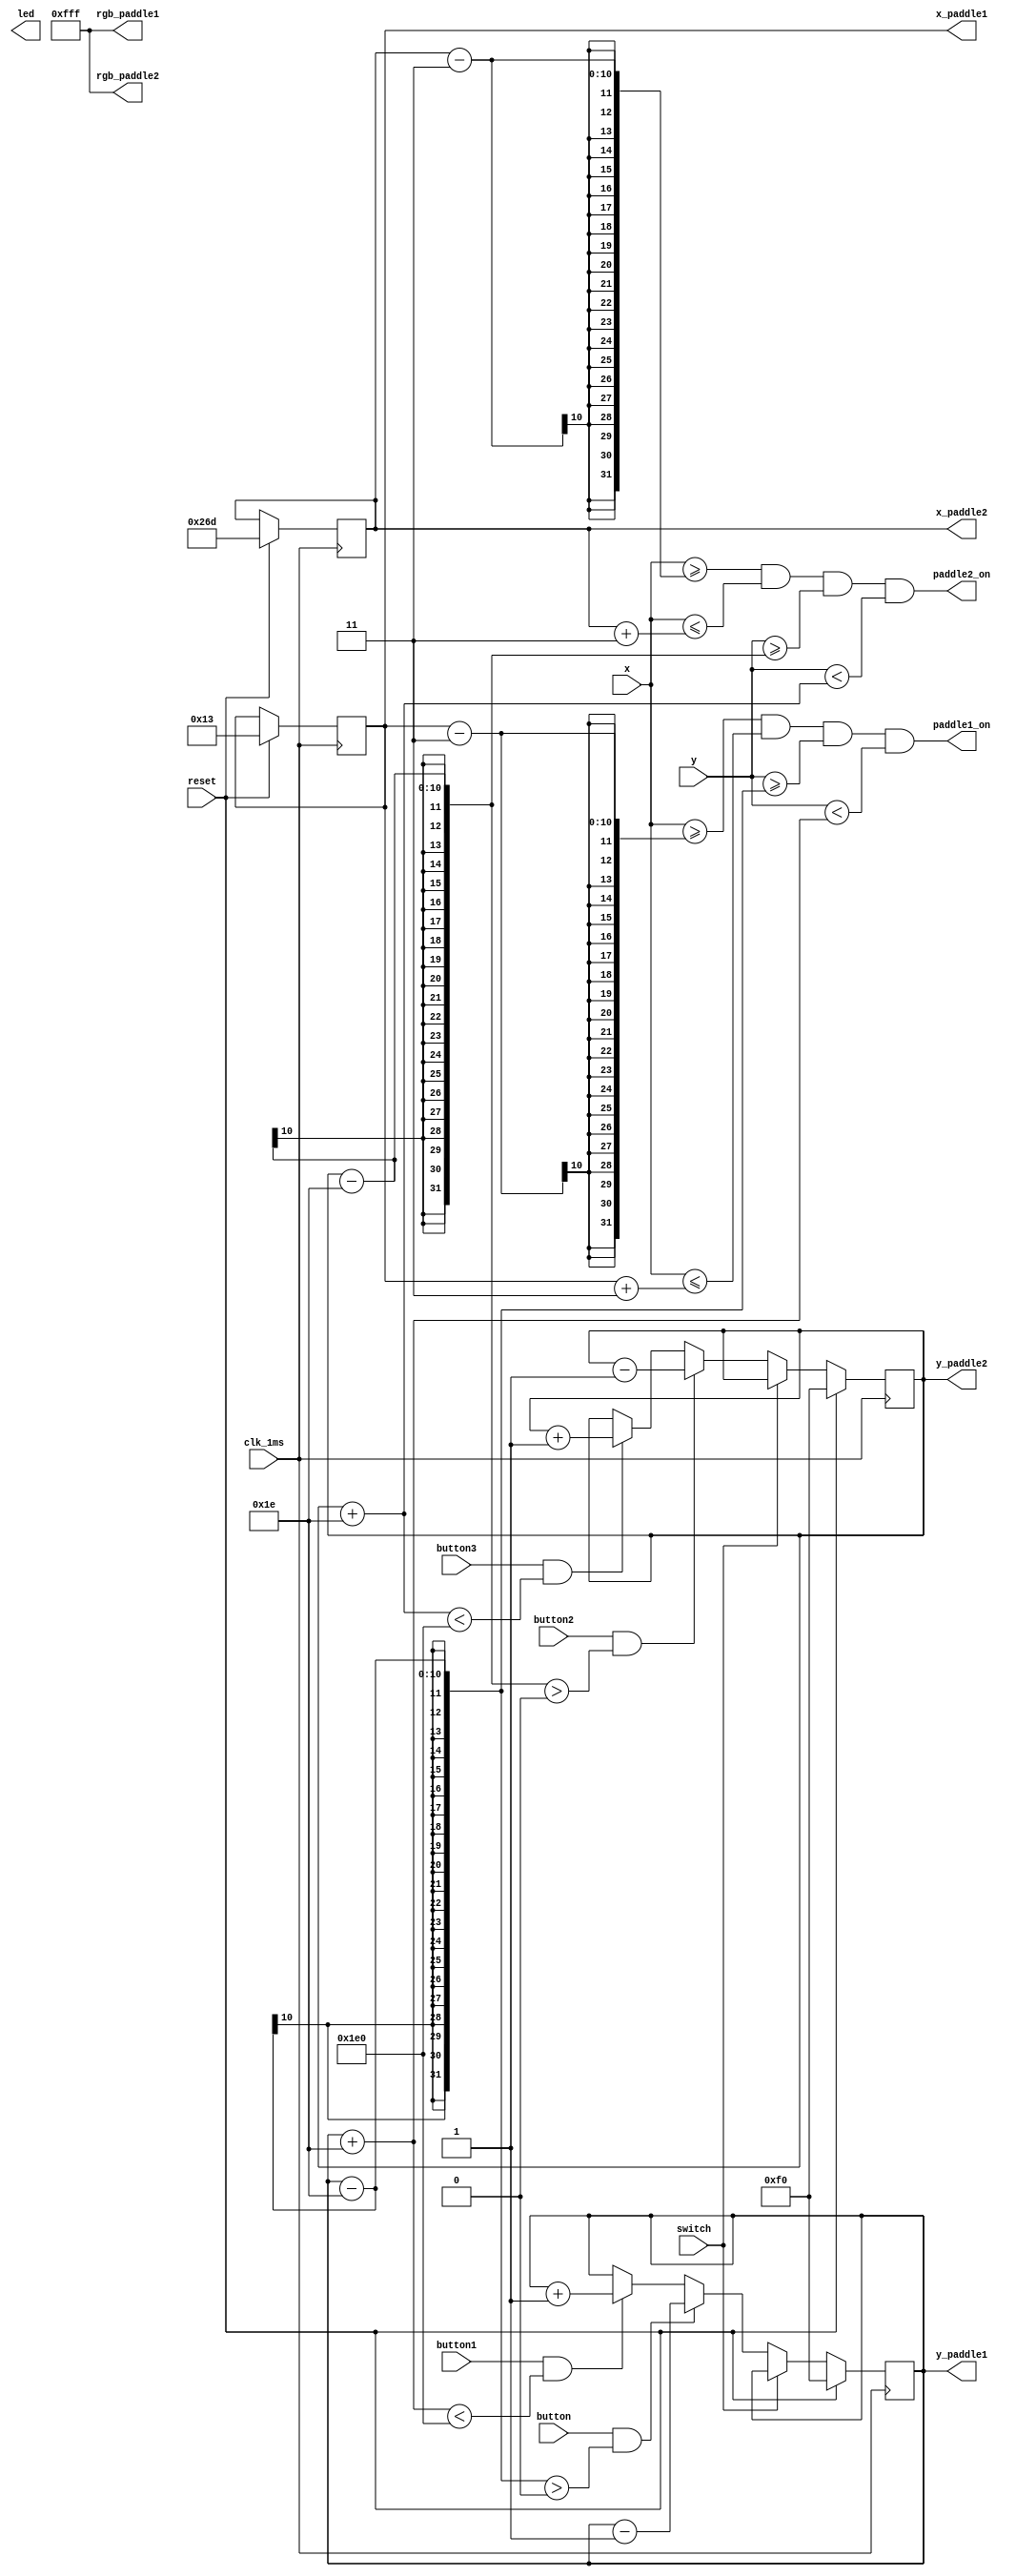
`timescale 1ns / 1ps

module paddle(
	input clk_1ms,reset,
	input button, button1, button2, button3,
	input switch,
	input [9:0] x, y,
	output paddle1_on,paddle2_on,
	output [11:0] rgb_paddle1, rgb_paddle2,
	output reg [9:0] x_paddle1,
	output reg [9:0] y_paddle1,
	output reg [9:0] x_paddle2,
	output reg [9:0] y_paddle2,
	output reg [10:0] led
	);
	
	localparam H_active = 640;
	localparam V_active = 480;
	
	localparam paddlewidth = 6;
	localparam paddleheight = 60;
	
	localparam L_position = 16;
	localparam R_position = 16;


    wire [9:0] paddle1_rest;
    wire [9:0] paddle1_down;
    wire [9:0] paddle1_up;
    wire [9:0] paddle2_rest;
    wire [9:0] paddle2_down;
    wire [9:0] paddle2_up;
   
    
    always @ (posedge clk_1ms)
        begin
            if(reset)
            begin	
                x_paddle1 <= L_position + (paddlewidth/2);
                y_paddle1 <= V_active/2;
               
            end
            else if (switch)
                y_paddle1 <= y_paddle1;
            else if (button && y_paddle1-(paddleheight/2) > 0)
                y_paddle1 <= y_paddle1-1 ;
            else if (button1 && y_paddle1+(paddleheight/2) < V_active)
                y_paddle1 <= y_paddle1+1;
            else y_paddle1 <= y_paddle1;
            
        end
	
	always @ (posedge clk_1ms)
	begin
		if(reset)
		begin	
			x_paddle2 <= H_active-(R_position + (paddlewidth/2));
			y_paddle2 <= V_active/2;
		end
		else if (switch)
                y_paddle2 <= y_paddle2;
		else if (button2 && y_paddle2-(paddleheight/2) > 0)
			y_paddle2 <= y_paddle2 -1;
		else if (button3 && y_paddle2+(paddleheight/2) < V_active )
			y_paddle2 <= y_paddle2 +1;
		else y_paddle2 <= y_paddle2;
	end
	
	assign paddle1_on = (x >= x_paddle1-(paddlewidth/2) && x <= x_paddle1+(paddlewidth/2) && y >= y_paddle1-(paddleheight/2) && y < y_paddle1+(paddleheight/2));
	assign rgb_paddle1 = 12'b111111111111; 
	
	assign paddle2_on = (x >= x_paddle2-(paddlewidth/2) && x <= x_paddle2+(paddlewidth/2) && y >= y_paddle2-(paddleheight/2) && y < y_paddle2+(paddleheight/2));
	assign rgb_paddle2 = 12'b111111111111; // 12'b111101110000;
endmodule